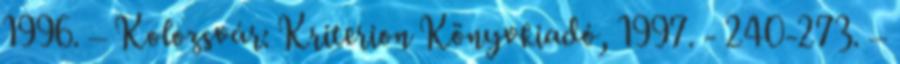
1996. – Kolozsvár: Kriterion Könyvkiadó, 1997. - 240-273. –